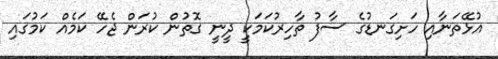
އުޅޭތަނާއި ހަށިގަނޑުގެ ސާފު ތާހިރުކަމަކީ ދީނީ ގޮތުން ކުރަން ޖެހޭ ކަމެއް ކަމުގައި